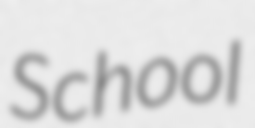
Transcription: School